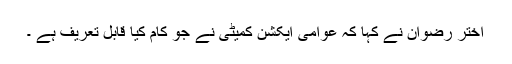
اختر رضوان نے کہا کہ عوامی ایکشن کمیٹی نے جو کام کیا قابل تعریف ہے ۔